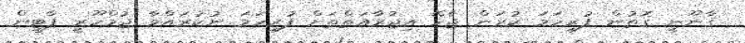
ޤާނޫނީ ގޮތުން ފުރިހަމަ ކުރަން ޖެހޭ އިޖުރާއަތްތަށް ފުރިހަމަ ނުކުރައްވާ ޖުމްހޫރީ ޕާޓީން